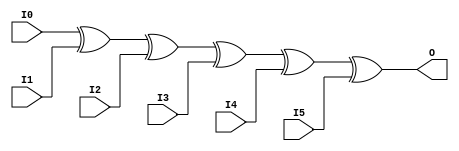
module X_XOR6 (O, I0, I1, I2, I3, I4, I5);

  output O;
  input I0, I1, I2, I3, I4, I5;

  xor (O, I0, I1, I2, I3, I4, I5);

  specify

	(I0 => O) = (0:0:0, 0:0:0);
	(I1 => O) = (0:0:0, 0:0:0);
	(I2 => O) = (0:0:0, 0:0:0);
	(I3 => O) = (0:0:0, 0:0:0);
	(I4 => O) = (0:0:0, 0:0:0);
	(I5 => O) = (0:0:0, 0:0:0);

	specparam PATHPULSE$ = 0;

  endspecify

endmodule